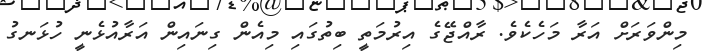
މިންވަރަށް އަރާ މަހެކެވެ. ރާއްޖޭގެ އިރުމަތީ ބިތުގައި މިއެން ގިނައިން އަރާއުޅެނީ ހުޅަނގު